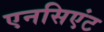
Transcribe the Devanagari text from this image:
एनसिएंट